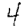
Digit: 4